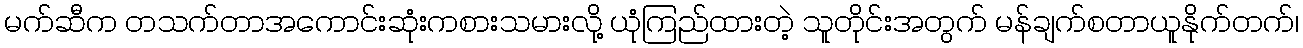
မက်ဆီက တသက်တာအကောင်းဆုံးကစားသမားလို့ ယုံကြည်ထားတဲ့ သူတိုင်းအတွက် မန်ချက်စတာယူနိုက်တက်၊